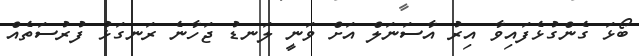
ބޯޅަ ގެންގުޅެފައިވާ އިރު އާސަނަލް އަށް ވަނީ ލަނޑު ޖަހާނެ ރަނގަޅު ފުރުސަތެއް